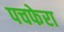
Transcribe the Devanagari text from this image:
पचफेरा